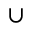
\cup